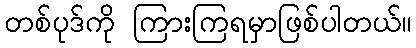
တစ်ပုဒ်ကို ကြားကြရမှာဖြစ်ပါတယ်။